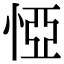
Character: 𢛟